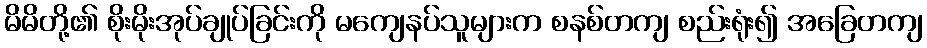
မိမိတို့၏ စိုးမိုးအုပ်ချုပ်ခြင်းကို မကျေနပ်သူများက စနစ်တကျ စည်းရုံး၍ အခြေတကျ